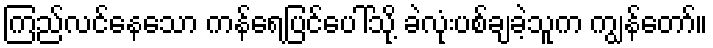
ကြည်လင်နေသော ကန်ရေပြင်ပေါ်သို့ ခဲလုံးပစ်ချခဲ့သူက ကျွန်တော်။